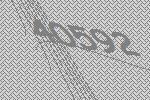
40592